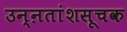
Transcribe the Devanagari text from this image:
उन्ऩतांशसूचक